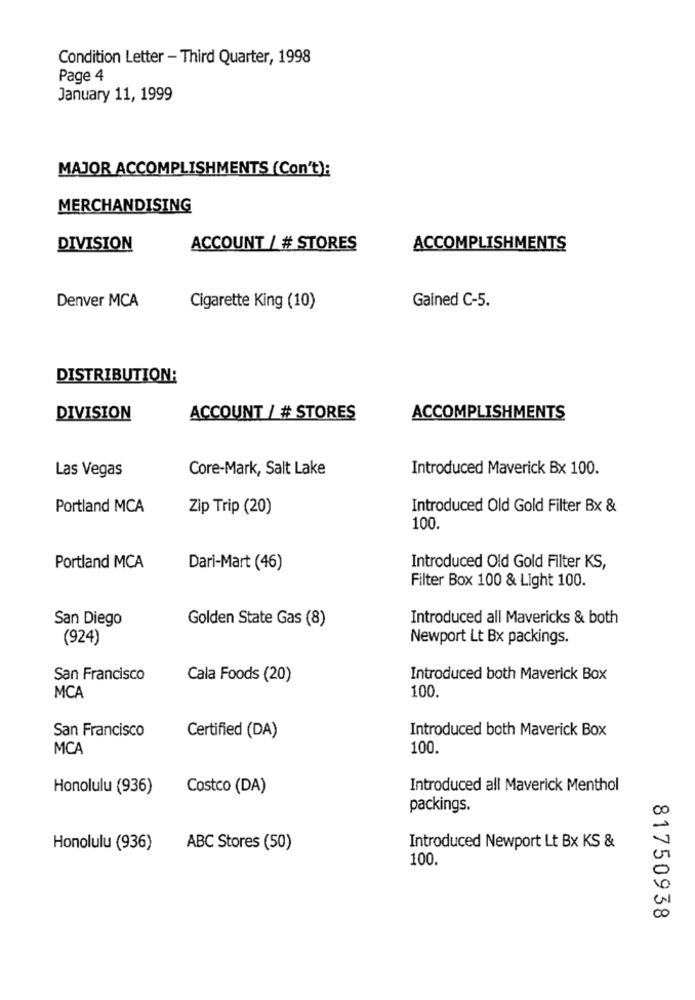
Condition Letter - Third Quarter, 1998
Page 4
January 11, 1999
MAJOR ACCOMPLISHMENTS (Con't):
MERCHANDISING
DIVISION
ACCOUNT / # STORES
ACCOMPLISHMENTS
Gained C-5.
Denver MCA
Cigarette King (10)
DISTRIBUTION:
DIVISION
ACCOUNT / # STORES
ACCOMPLISHMENTS
Core-Mark, Salt Lake
Introduced Maverick Bx 100.
Las Vegas
Portland MCA
Zip Trip (20)
Introduced Old Gold Filter Bx &
100.
Portland MCA
Dari-Mart (46)
Introduced Old Gold Filter KS,
Filter Box 100 & Light 100.
San Diego
Golden State Gas (8)
Introduced all Mavericks & both
(924)
Newport Lt Bx packings.
San Francisco
Cala Foods (20)
Introduced both Maverick Box
MCA
100.
San Francisco
Introduced both Maverick Box
Certified (DA)
MCA
100.
Honolulu (936)
Costco (DA)
Introduced all Maverick Menthol
packings.
Honolulu (936)
ABC Stores (50)
Introduced Newport Lt Bx KS &
100.
81750938